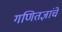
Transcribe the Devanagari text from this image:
गणितज्ञांचे